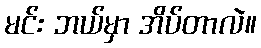
မင်း ဘယ်မှာ အိပ်တာလဲ။